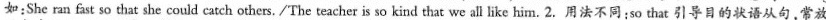
如:She ran fast so that she could catch others./The teacher is so kind that we all like him. 2.用法不同;so that 引导目的状语从句,常放